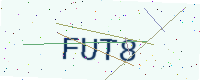
Text: FUT8